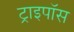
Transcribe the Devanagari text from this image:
ट्राइपॉस